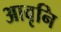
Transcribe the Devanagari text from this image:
आवृनि